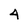
Character: 4